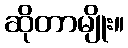
ဆိုတာမျိုး။